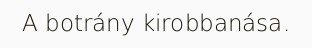
A botrány kirobbanása.